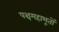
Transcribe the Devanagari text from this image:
पञ्चमहाभूतों